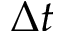
\Delta t